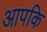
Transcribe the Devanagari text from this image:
आपकि